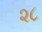
૨૮